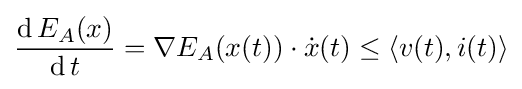
{\frac {\operatorname {d} E_{A}(x)}{\operatorname {d} t}}=\nabla E_{A}(x(t))\cdot {\dot {x}}(t)\leq \langle v(t),i(t)\rangle